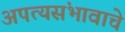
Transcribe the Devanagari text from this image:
अपत्यसंभावाचे